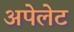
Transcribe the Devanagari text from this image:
अपेलेट